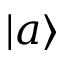
| a \rangle